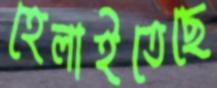
হেলাইতেছে